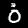
Label: 0